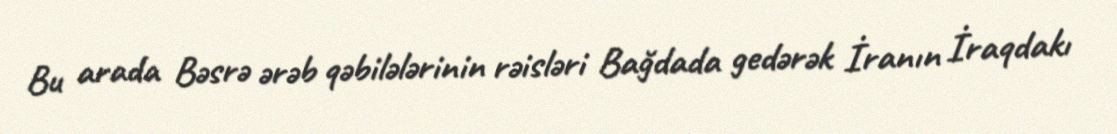
Bu arada Bəsrə ərəb qəbilələrinin rəisləri Bağdada gedərək İranın İraqdakı